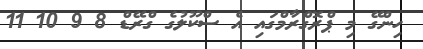
ހިންގޭ މި ޕްރޮގްރާމްގައި އެ ސްކޫލުގެ ގްރޭޑް 8 9 10 11